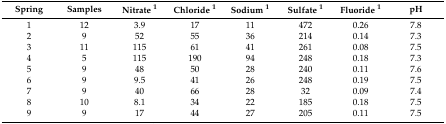
<table><thead><tr><td><b>Spring</b></td><td><b>Samples</b></td><td><b>Nitrate <sup>1</sup></b></td><td><b>Chloride <sup>1</sup></b></td><td><b>Sodium <sup>1</sup></b></td><td><b>Sulfate <sup>1</sup></b></td><td><b>Fluoride <sup>1</sup></b></td><td><b>pH</b></td></tr></thead><tbody><tr><td>1</td><td>12</td><td>3.9</td><td>17</td><td>11</td><td>472</td><td>0.26</td><td>7.8</td></tr><tr><td>2</td><td>9</td><td>52</td><td>55</td><td>36</td><td>214</td><td>0.14</td><td>7.3</td></tr><tr><td>3</td><td>11</td><td>115</td><td>61</td><td>41</td><td>261</td><td>0.08</td><td>7.5</td></tr><tr><td>4</td><td>5</td><td>115</td><td>190</td><td>94</td><td>248</td><td>0.18</td><td>7.3</td></tr><tr><td>5</td><td>9</td><td>48</td><td>50</td><td>28</td><td>240</td><td>0.11</td><td>7.6</td></tr><tr><td>6</td><td>9</td><td>9.5</td><td>41</td><td>26</td><td>248</td><td>0.19</td><td>7.5</td></tr><tr><td>7</td><td>9</td><td>40</td><td>66</td><td>28</td><td>32</td><td>0.09</td><td>7.4</td></tr><tr><td>8</td><td>10</td><td>8.1</td><td>34</td><td>22</td><td>185</td><td>0.18</td><td>7.5</td></tr><tr><td>9</td><td>9</td><td>17</td><td>44</td><td>27</td><td>205</td><td>0.11</td><td>7.5</td></tr></tbody></table>